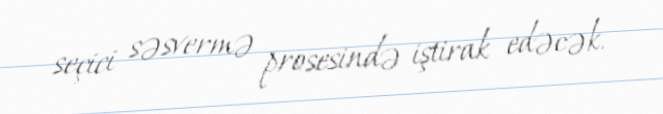
seçici səsvermə prosesində iştirak edəcək.